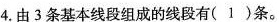
4.由3条基本线段组成的线段有(1)条。